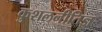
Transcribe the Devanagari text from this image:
कुशलनीतिज्ञ